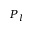
P _ { l }